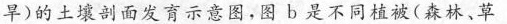
旱)的土壤剖面发育示意图，图b是不同植被(森林、草